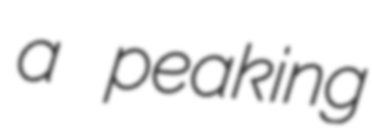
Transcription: a peaking